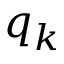
q _ { k }